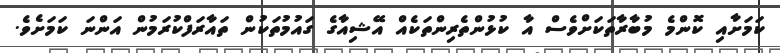
ކަމަށާއި ކޮންމެ މުބާރާތަކަށްވެސް އާ ކުޅުންތެރިންތަކެއް އޭޝިއާގެ ގައުމުތަކުން ތައާރަފްކުރަމުން އަންނަ ކަމަށެވެ.